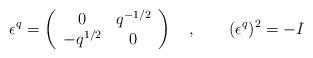
LaTeX: \begin{align*}\epsilon^q = \left( \begin{array}{cc} 0 & q^{-1/2} \\ -q^{1/2} & 0 \end{array} \right) \quad , \qquad( \epsilon^q )^2=-I\end{align*}